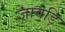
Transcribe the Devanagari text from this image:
जावड़ि